Theory and practice of anti-rabic immunisation - Number 30
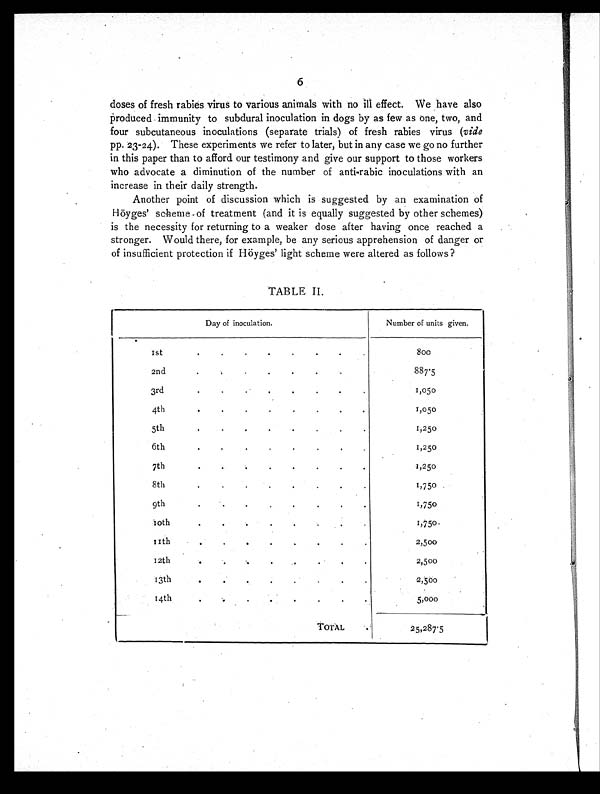
6
doses of fresh rabies virus to various animals with no ill effect. We have also
produced immunity to subdural inoculation in dogs by as few as one, two, and
four subcutaneous inoculations (separate trials) of fresh rabies virus (vide
pp. 23-24). These experiments we refer to later, but in any case we go no further
in this paper than to afford our testimony and give our support to those workers
who advocate a diminution of the number of anti-rabic inoculations with an
increase in their daily strength.
Another point of discussion which is suggested by an examination of
Höyges' sc-heme of treatment (and it is equally suggested by other schemes)
is the necessity for returning to a weaker dose after having once reached a
stronger. Would there, for example, be any serious apprehension of danger or
of insufficient protection if Höyges' light scheme were altered as follows ?
TABLE II.
Day of inoculation.
Number of units given.
1st
.
.
.
.
.
.
800
2nd . . . . . . . .
887.5
3rd
.
. . . . . .
1,050
4th
. . . . . . . .
1,050
5th
.
.
.
.
.
.
.
1,250
6th .
.
.
.
.
.
.
.
1,250
7th
. . . . .
1 , 2 5 0
8th
.
. . . . . . .
1,750
9th
.
.
. . .
. .
1,750
10 th . . . . . . .
1 , 7 5 0
1 1 t h
.
.
.
.
.
.
.
.
2,500
12th
.
. . . . .
2,500
13th
. . . . . .
2 , 5 0 0
14th
. .
. .
. . .
.
5,000
TOTAL .
25,287.5